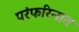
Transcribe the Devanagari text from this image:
परंफरिनात